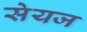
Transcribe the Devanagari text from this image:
सेयज